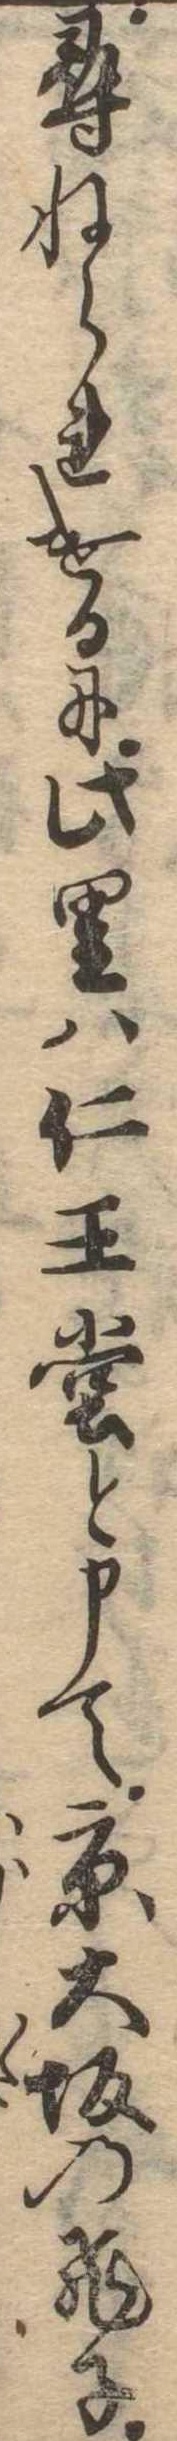
尋ねられけるに此里は仁王堂と申て京大坂の飛子